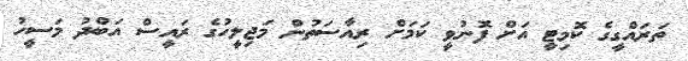
ތަރައްގީގެ ކޮމިޓީ އަށް ފޮނުވީ ކަމަށް ރިއާސަތުން މަޖިލީހުގެ ރައީސް އަބްދު މަސީހު